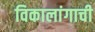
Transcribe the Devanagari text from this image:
विकालांगाची